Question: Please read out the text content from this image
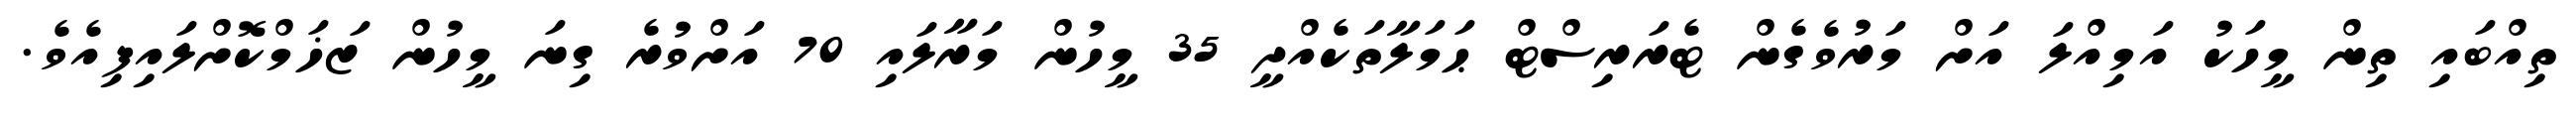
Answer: ތިއްބައި ތިން މީހަކު އަމިއްލަ އަށް މަރުވެގެން ޓެރަރިސްޓް ޙަމަލާތަކެއްދީ 35 މީހުން މަރާލައި 70 އަށްވުރެ ގިނަ މީހުން ޒަޚަމްކޮށްލައިފިއެވެ.